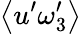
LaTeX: \left\langle u^{\prime}\omega_{3}^{\prime}\right\rangle